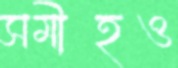
সমীহও